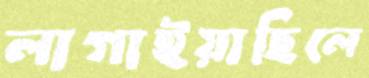
লাগাইয়াছিলে